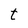
Character: t